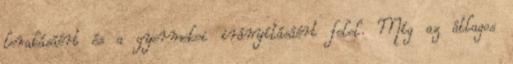
lerakásáért és a gyermekei irányításáért felel. Míg az átlagos